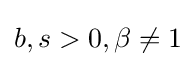
b,s>0,\beta \neq 1